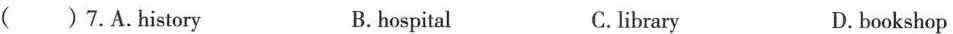
( )7.A.History B. hospital C.library D. bookshop